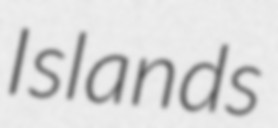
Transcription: Islands